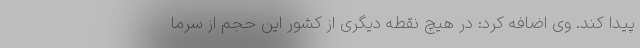
پیدا کند. وی اضافه کرد: در هیچ نقطه دیگری از کشور این حجم از سرما